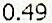
0.49